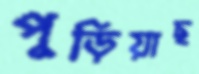
পুড়িয়াছ